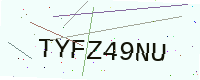
Text: TYFZ49NU